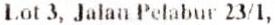
LOT 3, JALAN PELABUR 23/1,